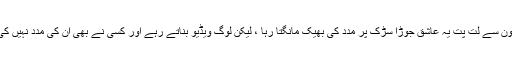
خون سے لت پت یہ عاشق جوڑا سڑک پر مدد کی بھیک مانگتا رہا ، لیکن لوگ ویڈیو بناتے رہے اور کسی نے بھی ان کی مدد نہیں کی ۔